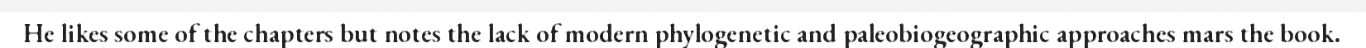
He likes some of the chapters but notes the lack of modern phylogenetic and paleobiogeographic approaches mars the book.